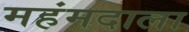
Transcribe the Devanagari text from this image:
महंमदाला